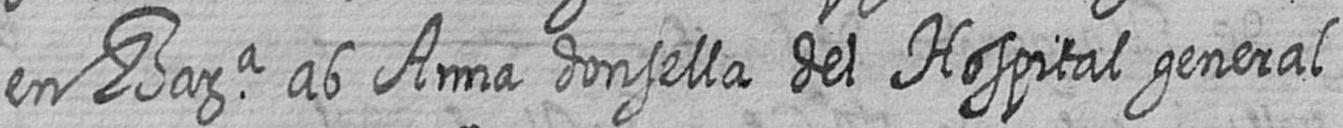
en Bara ab Anna donsella del Hospital general